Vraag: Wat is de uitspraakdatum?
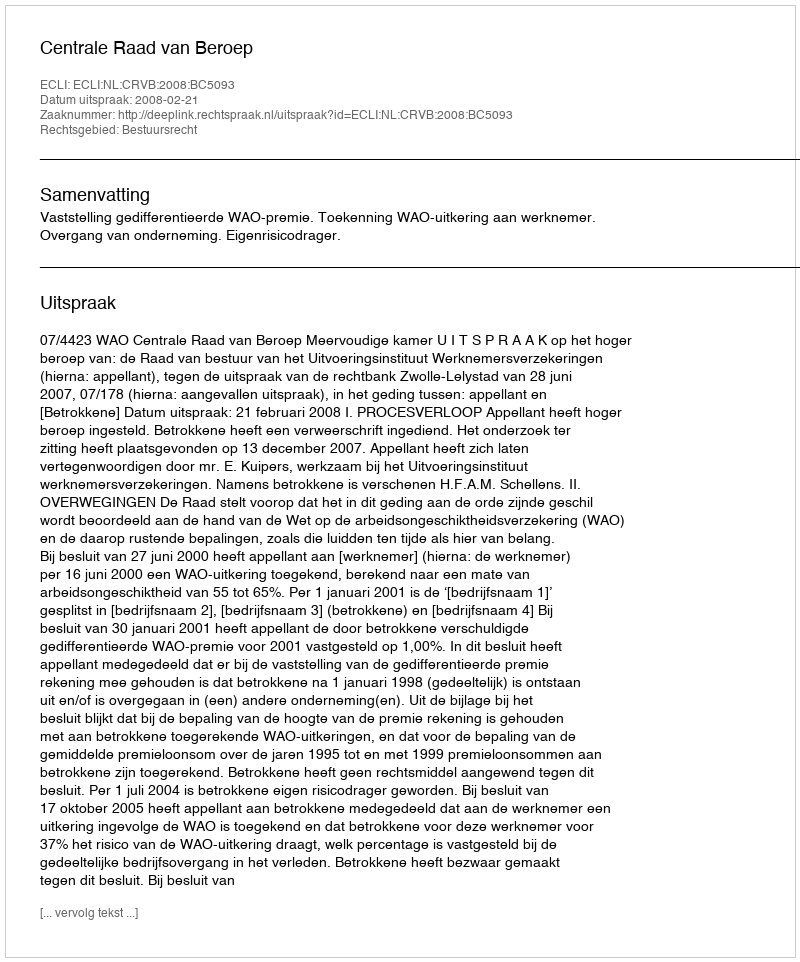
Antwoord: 2008-02-21